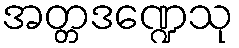
အတ္တဒဏ္ဍေသု